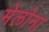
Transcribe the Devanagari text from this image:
मेलोना